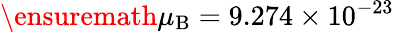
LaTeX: {\ensuremath{\mu_{\mathrm{B}}}}=9.274\times 10^{-23}